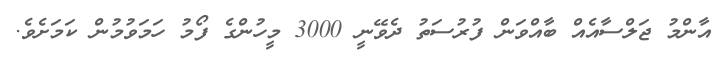
އާންމު ޖަލްސާއެއް ބާއްވަން ފުރުސަތު ދެވޭނީ 3000 މީހުންގެ ފޯމު ހަމަވުމުން ކަމަށެވެ.